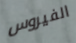
الفيروس